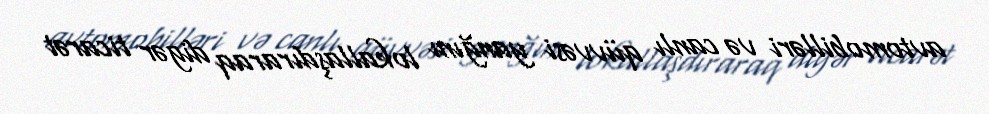
avtomobilləri və canlı qüvvəsi yanğını lokallaşdıraraq digər ticarət